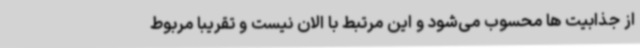
از جذابیت ها محسوب می‌شود و این مرتبط با الان نیست و تقریباً مربوط